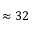
\approx 3 2